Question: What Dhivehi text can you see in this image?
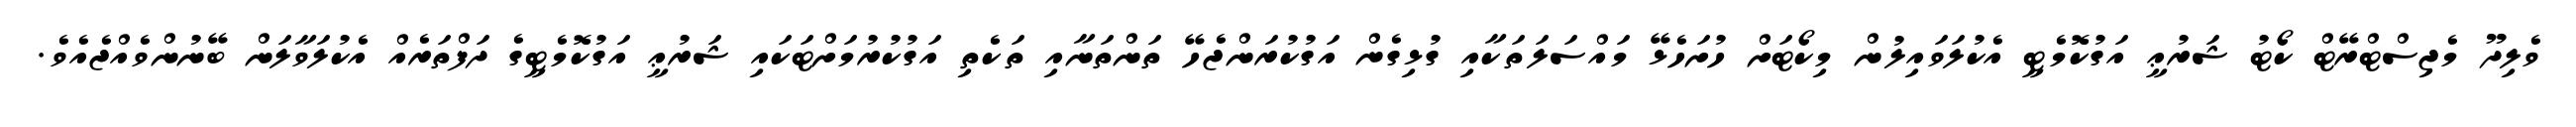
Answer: ވެލިދޫ މެޖިސްޓްރޭޓް ކޯޓު ޝަރުޢީ އަގުކޮމެޓީ އެކުލަވައިލުން މިކޯޓަށް ހުށަހެޅޭ މައްސަލަތަކާއި ގުޅިގެން އަގުކުރަންޖެހޭ ތަންތަނާއި ތަކެތި އަގުކުރުމަށްޓަކައި ޝަރުޢީ އަގުކޮމެޓީގެ ދަފްތަރެއް އެކުލަވާލަން ބޭނުންވެއްޖެއެވެ.